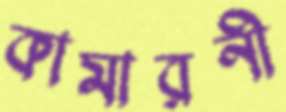
কামারনী